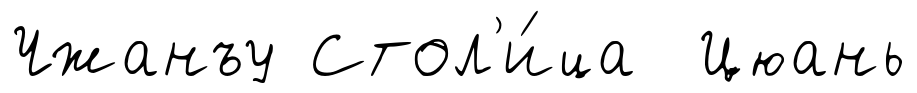
Чжанъу Стол'и́ца Цюань